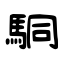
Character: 駧